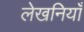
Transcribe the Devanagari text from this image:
लेखनियाँ